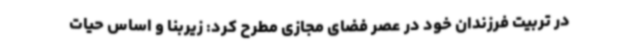
در تربیت فرزندان خود در عصر فضای مجازی مطرح کرد: زیربنا و اساس حیات